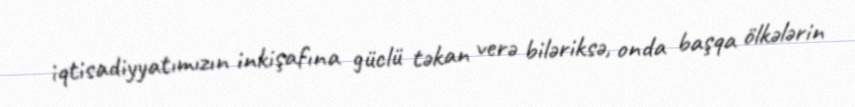
iqtisadiyyatımızın inkişafına güclü təkan verə biləriksə, onda başqa ölkələrin